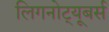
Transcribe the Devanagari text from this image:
लिगनोट्यूबर्स